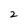
Character: 2